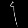
Digit: ၄